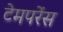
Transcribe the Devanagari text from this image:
टेमपरेंस